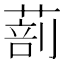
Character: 𦵿